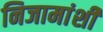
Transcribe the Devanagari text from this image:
निजामांशी